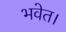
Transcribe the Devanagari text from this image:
भवेत।